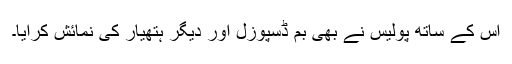
اس کے ساتھ پولیس نے بھی بم ڈسپوزل اور دیگر ہتھیار کی نمائش کرایا۔